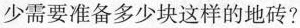
少需要准备多少块这样的地砖？